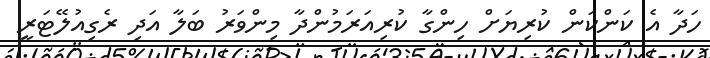
ހަދާ އެ ކަންކަން ކުރިޔަށް ހިންގާ ކުރިއަރަމުންދާ މިންވަރު ބަލާ އަދި ރެގިއުލޭޓަރީ